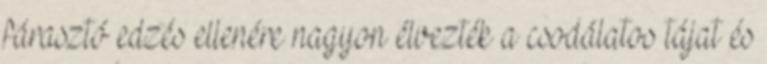
fárasztó edzés ellenére nagyon élvezték a csodálatos tájat és